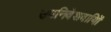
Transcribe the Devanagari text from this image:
उपनिवेशवायिों